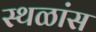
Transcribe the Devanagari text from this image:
स्थळांस